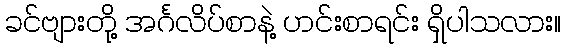
ခင်ဗျားတို့ အင်္ဂလိပ်စာနဲ့ ဟင်းစာရင်း ရှိပါသလား။